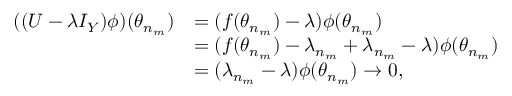
\begin{array} { r l } { ( ( U - \lambda I _ { Y } ) \phi ) ( \theta _ { n _ { m } } ) } & { = ( f ( \theta _ { n _ { m } } ) - \lambda ) \phi ( \theta _ { n _ { m } } ) } \\ & { = ( f ( \theta _ { n _ { m } } ) - \lambda _ { n _ { m } } + \lambda _ { n _ { m } } - \lambda ) \phi ( \theta _ { n _ { m } } ) } \\ & { = ( \lambda _ { n _ { m } } - \lambda ) \phi ( \theta _ { n _ { m } } ) \to 0 , } \end{array}